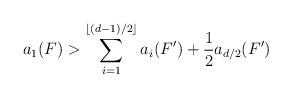
\begin{align*} a_1(F) > \sum_{i=1}^{\lfloor (d-1)/2 \rfloor} a_i(F')+ \frac{1}{2} a_{d/2}(F')\end{align*}